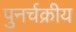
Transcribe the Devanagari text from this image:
पुनर्चक्रीय